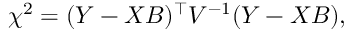
\begin{array} { r } { \chi ^ { 2 } = ( Y - X B ) ^ { \top } V ^ { - 1 } ( Y - X B ) , } \end{array}